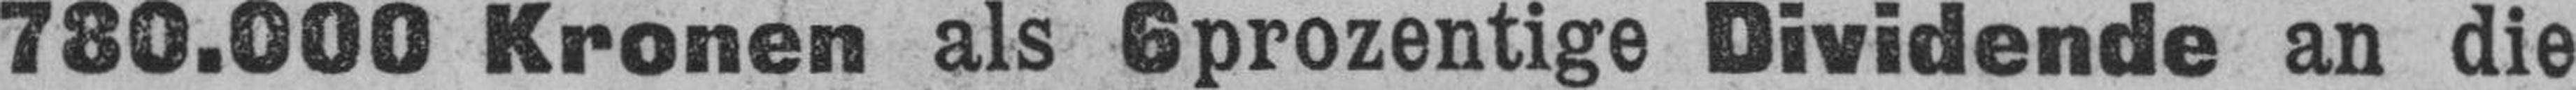
780.000 Kronen als 6prozentige Dividende an die